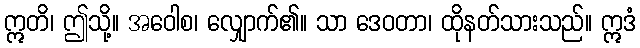
ဣတိ၊ ဤသို့။ အဝေါစ၊ လျှောက်၏။ သာ ဒေဝတာ၊ ထိုနတ်သားသည်။ ဣဒံ